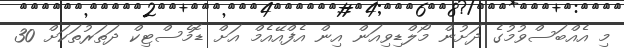
މި އެއްބަސްވުމުގެ ދަށުން މޯލްޑިވިއަން އިން އެފްއޭއެމް އަށް ޑޮމެސްޓިކް ދަތަރުތަކަށް 30